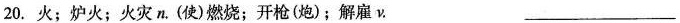
20. 火；炉火；火灾 n. (使) 燃烧；开枪(炮)；解雇ν. ___